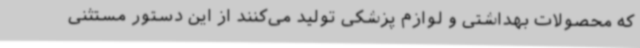
که محصولات بهداشتی و لوازم پزشکی تولید می‌کنند از این دستور مستثنی